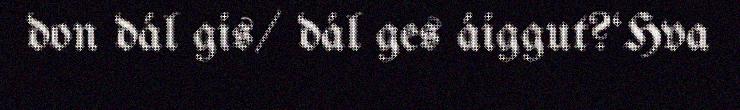
don dál gis/ dál ges áiggut?‘Hva